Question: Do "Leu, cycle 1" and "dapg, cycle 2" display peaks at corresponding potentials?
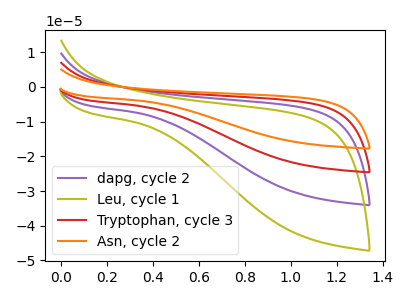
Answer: <think>The purple curve "dapg, cycle 2" has no peaks. The olive curve "Leu, cycle 1" has no peaks. The red curve "Tryptophan, cycle 3" has no peaks. The orange curve "Asn, cycle 2" has no peaks.</think>
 <answer>Niether CV has any peaks.</answer>
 <eval>blanks</eval>